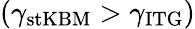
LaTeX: \left(\gamma_{\mathrm{stKBM}}>\gamma_{\mathrm{ITG}}\right)